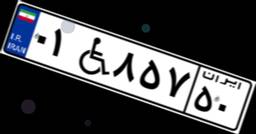
۰۱W۸۵۷۵۰